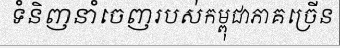
ទំនិញនាំចេញរបស់កម្ពុជាភាគច្រើន